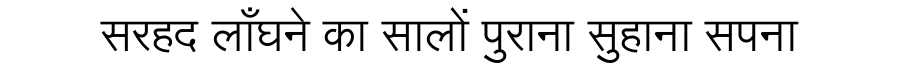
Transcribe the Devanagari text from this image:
सरहद लाँघने का सालों पुराना सुहाना सपना